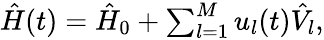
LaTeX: \begin{array}{r}{\hat{H}(t)=\hat{H}_{0}+\sum_{l=1}^{M}{u}_{l}(t)\hat{V}_{l},}\end{array}